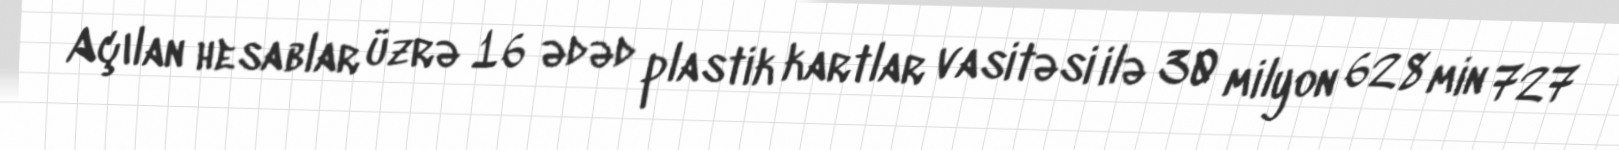
Açılan hesablar üzrə 16 ədəd plastik kartlar vasitəsi ilə 30 milyon 628 min 727